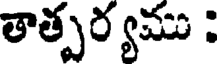
తాత్పర్యము :